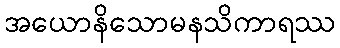
အယောနိသောမနသိကာရဿ